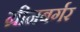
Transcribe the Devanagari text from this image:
ग्रीनबर्गर